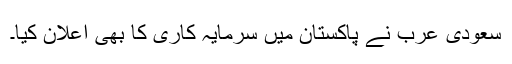
سعودی عرب نے پاکستان میں سرمایہ کاری کا بھی اعلان کیا۔